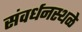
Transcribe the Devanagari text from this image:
संवर्धनस्थळे